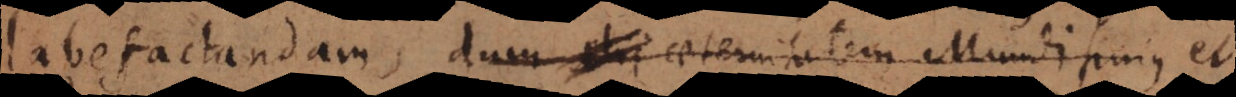
labefactandam, dum aeternitatem Mundi hujus et